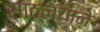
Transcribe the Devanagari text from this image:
साठल्याने